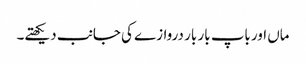
ماں اور باپ بار بار دروازے کی جانب دیکھتے۔